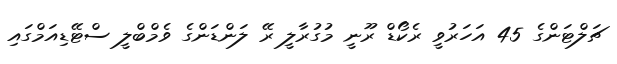
ޗަލްޓަންގެ 45 އަހަރުވީ ރެކޯޑް ރޫނީ މުގުރާލީ ރޭ ލަންޑަންގެ ވެމްބްލީ ސްޓޭޑިއަމްގައި